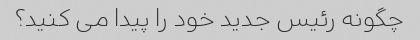
چگونه رئیس جدید خود را پیدا می کنید؟